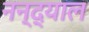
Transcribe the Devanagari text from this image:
नन्द्याल